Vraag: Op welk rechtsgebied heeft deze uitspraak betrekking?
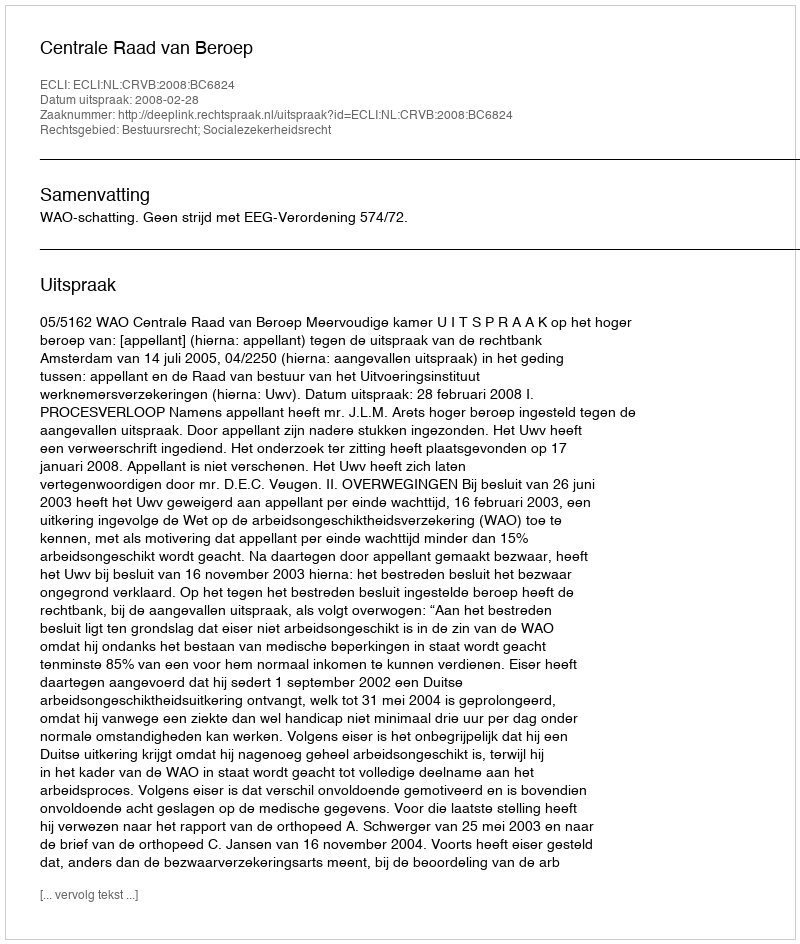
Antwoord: Bestuursrecht; Socialezekerheidsrecht